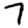
Digit: 7